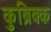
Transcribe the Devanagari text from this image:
कुब्रिक्क